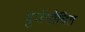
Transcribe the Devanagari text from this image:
दुर्जनोचित